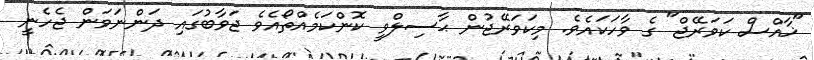
"ޚާއްސް ކަވަރޭޖް" ގެ ވާހަކައެވެ. މިކަވަރޭޖުން ޙާސިލްވީ ކޮންކަމެއްތޯއެވެ ޖަވާބުގައި ދަންނަވަން ޖެހެނީ